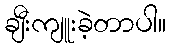
ချီးကျူးခဲ့တာပါ။